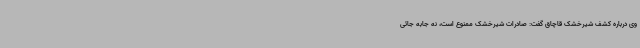
وی درباره کشف شیرخشک قاچاق گفت: صادرات شیرخشک ممنوع است، نه جابه جائی